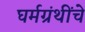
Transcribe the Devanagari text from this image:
घर्मग्रंथींचे